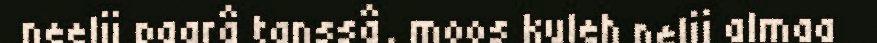
neelji paarâ tanssâ, moos kuleh nelji almaa